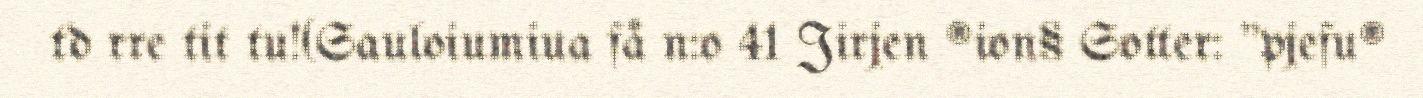
td rre tit tu!(Sauloiumiua få n:o 41 Jirjen ®ion§ Sotter: "pjefu®